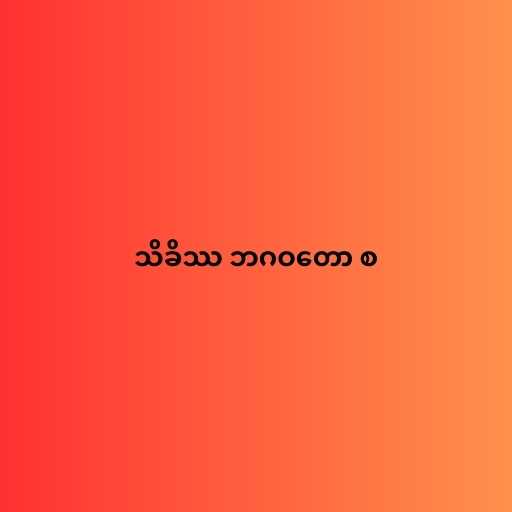
သိခိဿ ဘဂဝတော စ